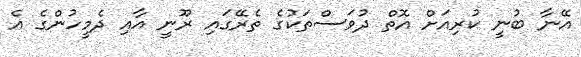
އޭނާ ބުނީ ކުރިއަށް އޮތް ދުވަސްތަކުގެ ތެރޭގައި ރޫނީ އާއި ދެމީހުންގެ އެ